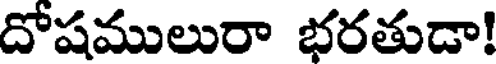
దోషములురా భరతుడా!